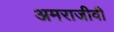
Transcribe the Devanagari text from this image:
अमराजीवी